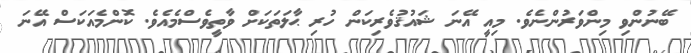
ބޭނުންވި މިންވަރުންނެވެ. މިއީ އޭނަ ޝައުޤުވެރިކަން ހުރި ޙާލަތަކަށް ވާތީވެސްމެއެވެ. ކޮންމެއަކަސް އޭނަ